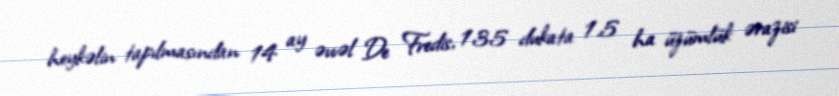
heykəlin tapılmasından 14 ay əvvəl De Fredis, 135 dukata 1.5 ha üzümlük ərazisi